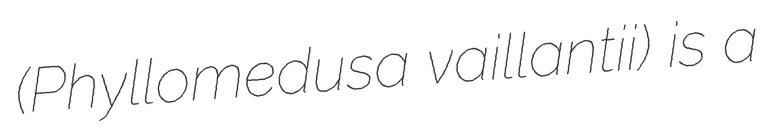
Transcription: (Phyllomedusa vaillantii) is a